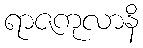
ရာဇကုလာနိ